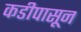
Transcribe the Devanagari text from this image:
कडीपासून